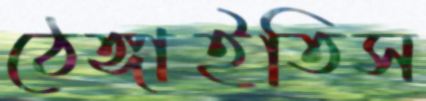
ঠেঙ্গাইতিস